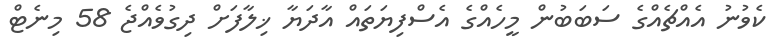
ކެވުނު އެއްޗެއްގެ ސަބަބުން މީހެއްގެ އެސްފިޔަތައް އާދަޔާ ޚިލާފަށް ދިގުވެއްޖެ 58 މިނެޓް